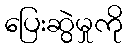
ပြေးဆွဲမှုကို